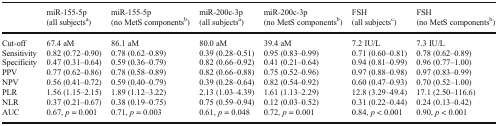
<table><thead><tr><td></td><td><b>miR-155-5p(all subjects<sup>a</sup>)</b></td><td><b>miR-155-5p(no MetS components<sup>b</sup>)</b></td><td><b>miR-200c-3p(all subjects<sup>a</sup>)</b></td><td><b>miR-200c-3p(no MetS components<sup>b</sup>)</b></td><td><b>FSH(all subjects<sup>c</sup>)</b></td><td><b>FSH(no MetS components<sup>b</sup>)</b></td></tr></thead><tbody><tr><td>Cut-offSensitivitySpecificityPPVNPVPLRNLRAUC</td><td>67.4 aM0.82 (0.72–0.90)0.47 (0.31–0.64)0.77 (0.62–0.86)0.56 (0.41–0.72)1.56 (1.15–2.15)0.37 (0.21–0.67)0.67, <i>p</i> = 0.001</td><td>86.1 aM0.78 (0.62–0.89)0.59 (0.36–0.79)0.78 (0.58–0.89)0.59 (0.40–0.79)1.89 (1.12–3.22)0.38 (0.19–0.75)0.71, <i>p</i> = 0.003</td><td>80.0 aM0.39 (0.28–0.51)0.82 (0.66–0.92)0.82 (0.66–0.88)0.39 (0.28–0.64)2.13 (1.03–4.39)0.75 (0.59–0.94)0.61, <i>p</i> = 0.048</td><td>39.4 aM0.95 (0.83–0.99)0.41 (0.21–0.64)0.75 (0.52–0.96)0.82 (0.54–0.92)1.61 (1.13–2.29)0.12 (0.03–0.52)0.72, <i>p</i> = 0.001</td><td>7.2 IU/L0.71 (0.60–0.81)0.94 (0.81–0.99)0.97 (0.88–0.98)0.60 (0.47–0.93)12.8 (3.29–49.4)0.31 (0.22–0.44)0.84, <i>p</i> &lt; 0.001</td><td>7.3 IU/L0.78 (0.62–0.89)0.96 (0.77–1.00)0.97 (0.83–0.99)0.70 (0.52–1.00)17.1 (2.50–116.6)0.24 (0.13–0.42)0.90, <i>p</i> &lt; 0.001</td></tr></tbody></table>